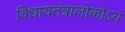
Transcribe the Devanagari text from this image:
विधायतंत्रालोकोऽयं